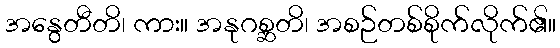
အနွေတီတိ၊ ကား။ အနုဂစ္ဆတိ၊ အစဉ်တစ်စိုက်လိုက်၏။